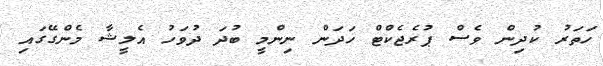
ހަތަރު ކުދިން ވެސް ޕުރެޖެކްޓް ހަދަން ނިންމީ ބުދަ ދުވަހު އެލީޝާ މެންގޭގައި